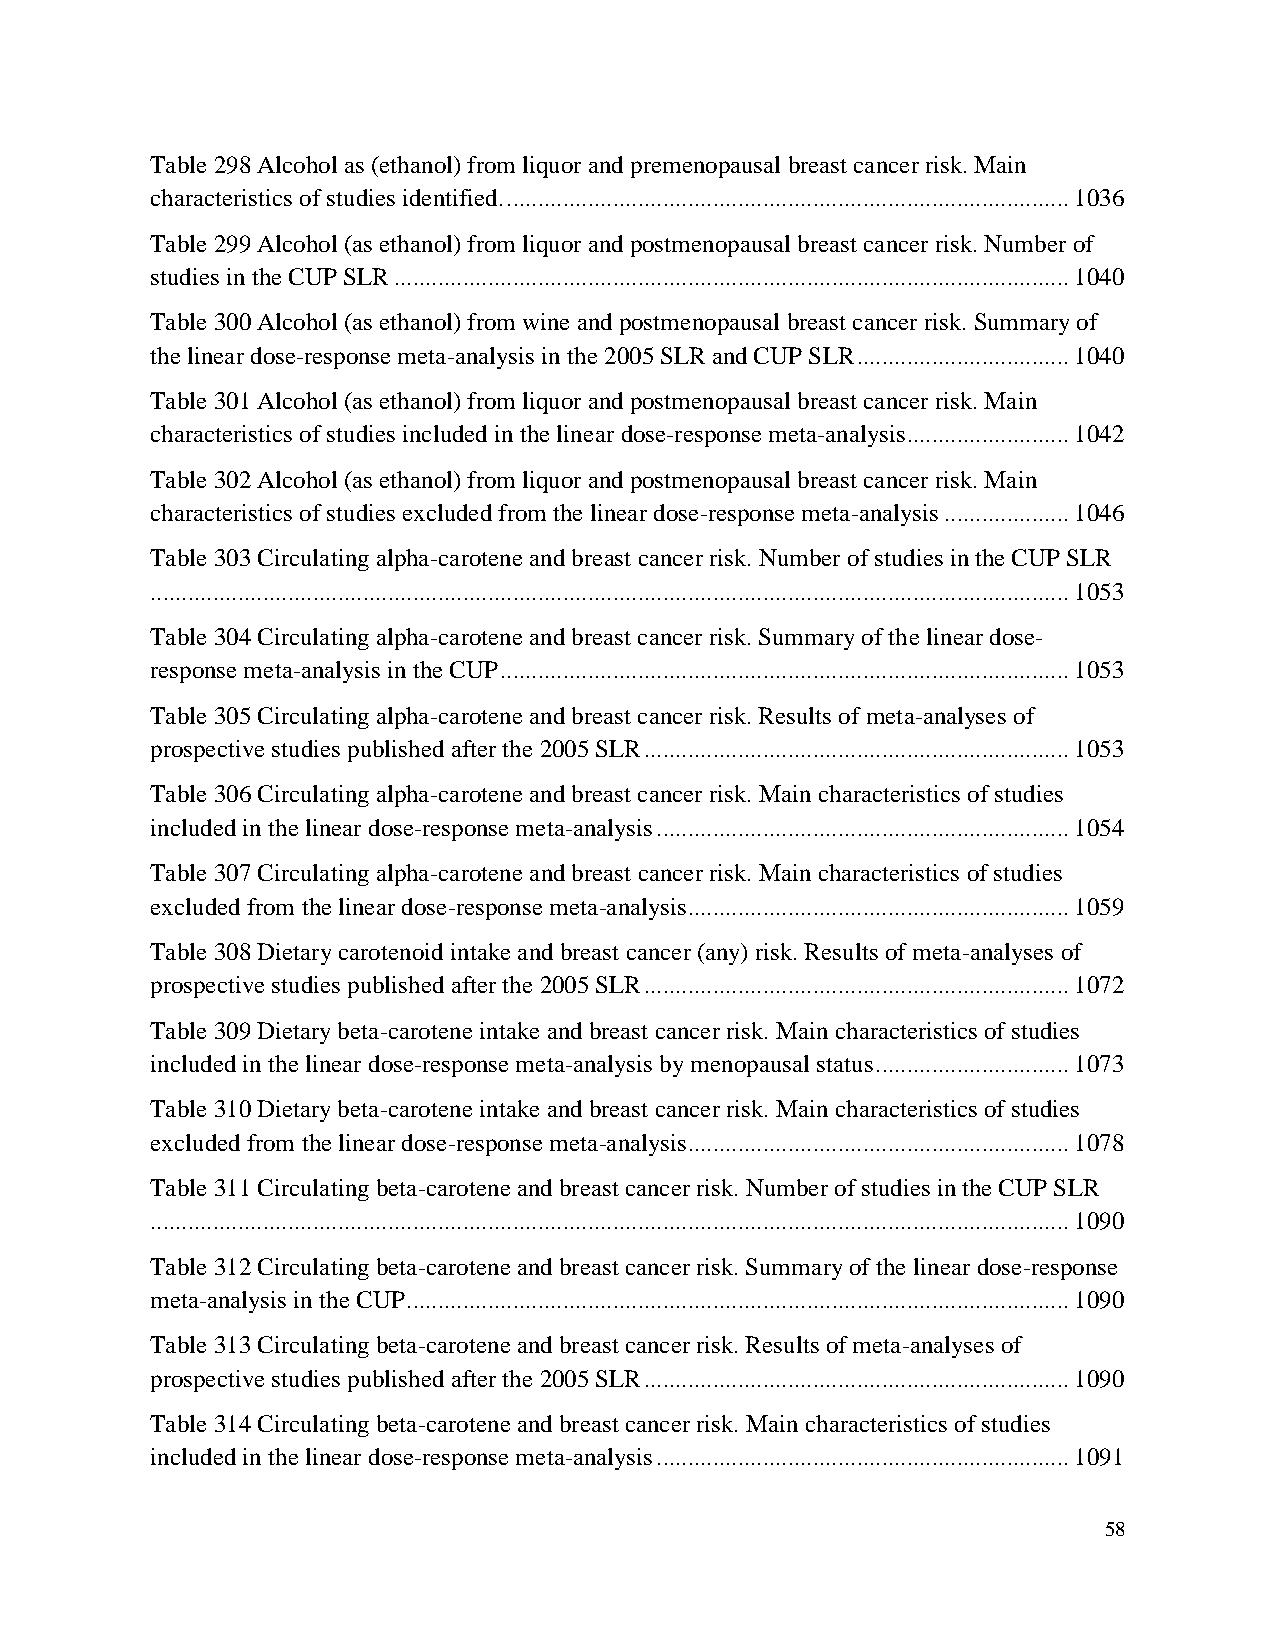
Table 298 Alcohol as (ethanol) from liquor and premenopausal breast cancer risk. Main
 characteristics of studies identified. .......................................................................................... 1036
 Table 299 Alcohol (as ethanol) from liquor and postmenopausal breast cancer risk. Number of
 studies in the CUP SLR ............................................................................................................ 1040
 Table 300 Alcohol (as ethanol) from wine and postmenopausal breast cancer risk. Summary of
 the linear dose-response meta-analysis in the 2005 SLR and CUP SLR .................................. 1040
 Table 301 Alcohol (as ethanol) from liquor and postmenopausal breast cancer risk. Main
 characteristics of studies included in the linear dose-response meta-analysis .......................... 1042
 Table 302 Alcohol (as ethanol) from liquor and postmenopausal breast cancer risk. Main
 characteristics of studies excluded from the linear dose-response meta-analysis .................... 1046
 Table 303 Circulating alpha-carotene and breast cancer risk. Number of studies in the CUP SLR
 ................................................................................................................................................... 1053
 Table 304 Circulating alpha-carotene and breast cancer risk. Summary of the linear dose-
 response meta-analysis in the CUP ........................................................................................... 1053
 Table 305 Circulating alpha-carotene and breast cancer risk. Results of meta-analyses of
 prospective studies published after the 2005 SLR .................................................................... 1053
 Table 306 Circulating alpha-carotene and breast cancer risk. Main characteristics of studies
 included in the linear dose-response meta-analysis .................................................................. 1054
 Table 307 Circulating alpha-carotene and breast cancer risk. Main characteristics of studies
 excluded from the linear dose-response meta-analysis ............................................................. 1059
 Table 308 Dietary carotenoid intake and breast cancer (any) risk. Results of meta-analyses of
 prospective studies published after the 2005 SLR .................................................................... 1072
 Table 309 Dietary beta-carotene intake and breast cancer risk. Main characteristics of studies
 included in the linear dose-response meta-analysis by menopausal status ............................... 1073
 Table 310 Dietary beta-carotene intake and breast cancer risk. Main characteristics of studies
 excluded from the linear dose-response meta-analysis ............................................................. 1078
 Table 311 Circulating beta-carotene and breast cancer risk. Number of studies in the CUP SLR
 ................................................................................................................................................... 1090
 Table 312 Circulating beta-carotene and breast cancer risk. Summary of the linear dose-response
 meta-analysis in the CUP .......................................................................................................... 1090
 Table 313 Circulating beta-carotene and breast cancer risk. Results of meta-analyses of
 prospective studies published after the 2005 SLR .................................................................... 1090
 Table 314 Circulating beta-carotene and breast cancer risk. Main characteristics of studies
 included in the linear dose-response meta-analysis .................................................................. 1091
 58